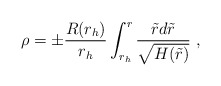
\begin{align*}\rho = \pm\frac{R(r_h)}{r_h}\int_{r_h}^{r}\frac{\tilde{r}d\tilde{r}}{\sqrt{H(\tilde{r})}} \ ,\end{align*}